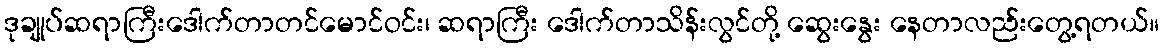
ဒုချုပ်ဆရာကြီးဒေါက်တာတင်မောင်ဝင်း၊ ဆရာကြီး ဒေါက်တာသိန်းလွင်တို့ ဆွေးနွေး နေတာလည်းတွေ့ရတယ်။